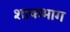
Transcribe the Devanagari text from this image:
शाकभाग